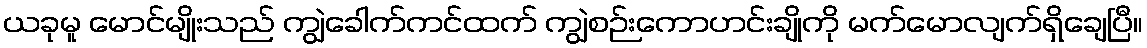
ယခုမူ မောင်မျိုးသည် ကျွဲခေါက်ကင်ထက် ကျွဲစဉ်းကောဟင်းချိုကို မက်မောလျက်ရှိချေပြီ။